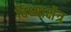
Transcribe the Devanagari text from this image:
विध्याक्षेत्र